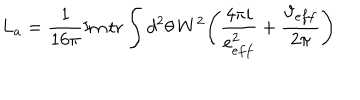
L _ { a } = \frac { 1 } { 1 6 \pi } \mathrm { I m } \, \mathrm { t r } \int d ^ { 2 } \theta \, W ^ { 2 } \Bigg ( \frac { 4 \pi i } { e _ { e f f } ^ { 2 } } + \frac { \vartheta _ { e f f } } { 2 \pi } \Bigg )